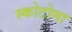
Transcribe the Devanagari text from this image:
स्कोटोमा